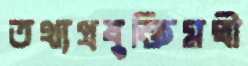
তথ্যপ্রযুক্তিমন্ত্রী